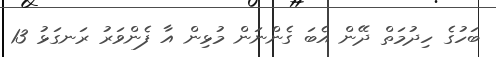
ބަހުގެ ހިދުމަތް ދޭން އެބަ ގެންނަން މުޅިން އާ ފެންވަރު ރަނގަޅު 13